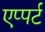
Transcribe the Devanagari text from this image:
एप्पर्ट